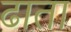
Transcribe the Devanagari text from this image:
ढाता